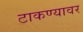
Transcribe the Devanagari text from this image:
टाकण्यावर